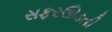
સફરઊડતી